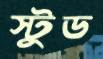
স্টুড